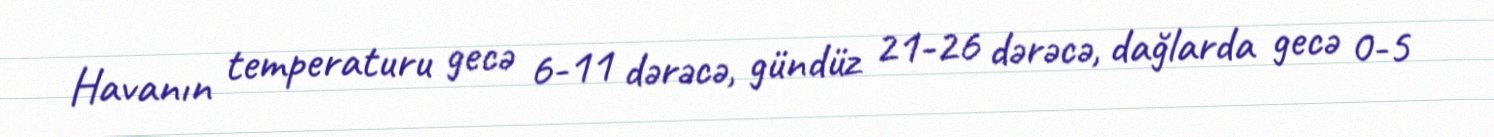
Havanın temperaturu gecə 6-11 dərəcə, gündüz 21-26 dərəcə, dağlarda gecə 0-5